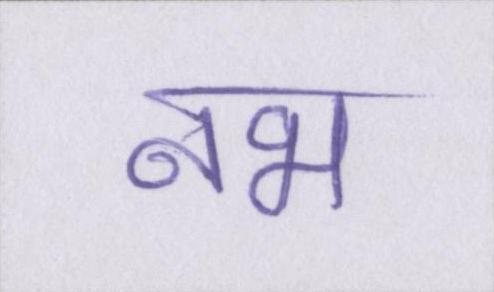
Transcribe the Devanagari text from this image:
नभ